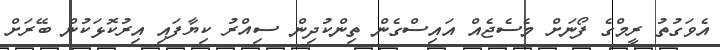
އެވަގުތު ރީމްގެ ފޯނަށް މެސެޖެއް އައިސްގެން ތިންކުދިން ސިއްރު ކިޔާފައި އިރުކޮޅަކުން ބޭރަށް